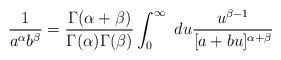
LaTeX: \begin{align*}\frac{1}{a^{\alpha}b^{\beta}} = \frac{\Gamma(\alpha + \beta)}{\Gamma(\alpha)\Gamma(\beta)} \int_{0}^{\infty}\ du \frac{u^{\beta -1} }{[a + b u]^{\alpha +\beta } }\end{align*}